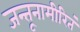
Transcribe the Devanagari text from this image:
जन्तूनामीरितं